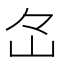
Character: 𡵁